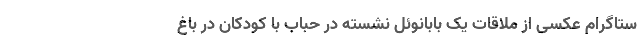
ستاگرام عکسی از ملاقات یک بابانوئل نشسته در حباب با کودکان در باغ